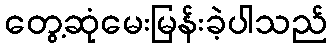
တွေ့ဆုံမေးမြန်းခဲ့ပါသည်